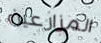
المزارعين